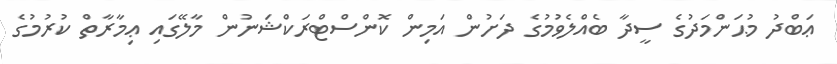
ޢަބްދު މުޙަންމަދުގެ ސީދާ ބެއްލެވުމުގެ ދަށުން އަމިން ކޮންސްޓްރަކްޝަނުން މާލޭގައި ޢިމާރާތް ކުރުމުގެ